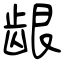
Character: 龈